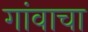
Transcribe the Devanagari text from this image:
गांवाचा